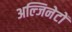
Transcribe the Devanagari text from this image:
अल्जिनेटों